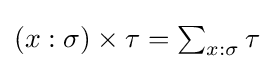
{\textstyle (x:\sigma )\times \tau =\sum _{x:\sigma }\tau }